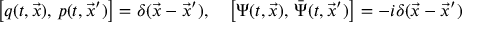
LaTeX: \left[ q ( t , \vec { x } ) , \, p ( t , \vec { x } ^ { \prime } ) \right] = \delta ( \vec { x } - \vec { x } ^ { \prime } ) , \quad \left[ \Psi ( t , \vec { x } ) , \, \bar { \Psi } ( t , \vec { x } ^ { \prime } ) \right] = - i \delta ( \vec { x } - \vec { x } ^ { \prime } )